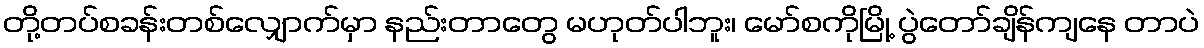
တို့တပ်စခန်းတစ်လျှောက်မှာ နည်းတာတွေ မဟုတ်ပါဘူး၊ မော်စကိုမြို့ ပွဲတော်ချိန်ကျနေ တာပဲ